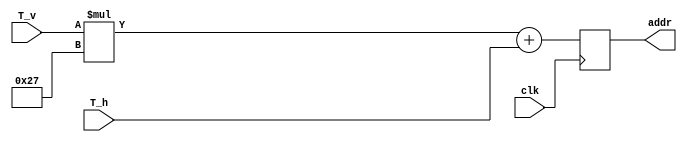
`timescale 1ns / 1ps
//////////////////////////////////////////////////////////////////////////////////
// Company: 
// Engineer: 
// 
// Design Name: 
// Module Name:    tile_convertor 
// Project Name: 
// Target Devices: 
// Tool versions: 
// Description: 
//
// Dependencies: 
//
// Revision: 
// Revision 0.01 - File Created
// Additional Comments: 
//
//////////////////////////////////////////////////////////////////////////////////
module tile_convertor(clk, T_h, T_v, addr);
    input clk;
    input [5:0] T_h;
    input [5:0] T_v;
    output [10:0] addr;

	reg [10:0] addr;
	
	always @(posedge clk)
		addr <= T_v * 39 + T_h;

endmodule